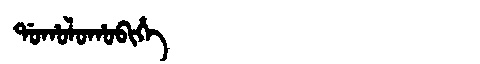
Manchu: ᡩᠣᡥᠣᠯᠣᡥᠣᠪᡳᡥᡝ
Romanization: DOHOLOHOBIHE